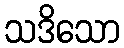
သဒိသော